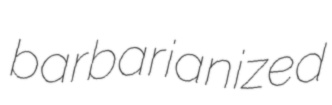
barbarianized